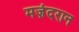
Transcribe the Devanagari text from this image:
मज़ंदरान